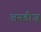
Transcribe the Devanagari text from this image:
अनडीज़